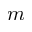
m